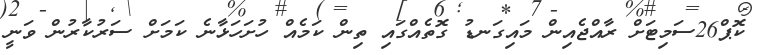
ކޮޕް26ސަމިޓަށް ރާއްޖެއިން މައިގަނޑު ގޮތެއްގައި ތިން ކަމެއް ހުށަހަޅާނެ ކަމަށް ސަރުކާރުން ވަނީ